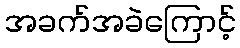
အခက်အခဲကြောင့်